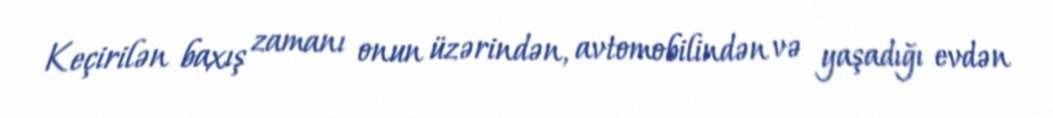
Keçirilən baxış zamanı onun üzərindən, avtomobilindən və yaşadığı evdən